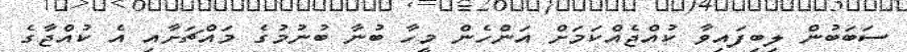
ސަބަބުން ލިބިފައިވާ ކުއްޖެއްކަމަށް އަންހެން މީހާ ބުނާ ބުނުމުގެ މައްޗަށާއި އެ ކުއްޖާގެ